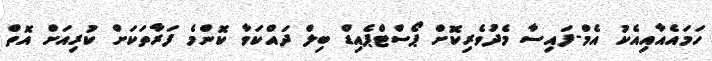
ހަމައެއާއިއެކު އެމް-ފައިސާ މެދުވެރިކޮށް ޕޯސްޓްޕެއިޑް ބިލް ދައްކަވާ ކޮންމެ ފަރާތަކަށް ކުރިއަށް އޮތް